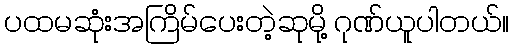
ပထမဆုံးအကြိမ်ပေးတဲ့ဆုမို့ ဂုဏ်ယူပါတယ်။